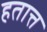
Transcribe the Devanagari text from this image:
हतात्त